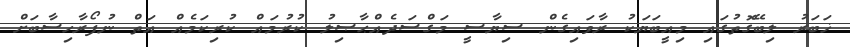
ޚަބަރު ލިބޭގޮތުގައި މިއީބަޔަކު ރާވައިގެން ސިޔާސީ މަގްސަދެއްޙާޞިލު ކުރުމައް ކުރިކަމެއް އަތް ނުފޯރާހިސާބަށް